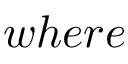
w h e r e